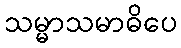
သမ္မာသမာဓိပေ